Treatise on elephants
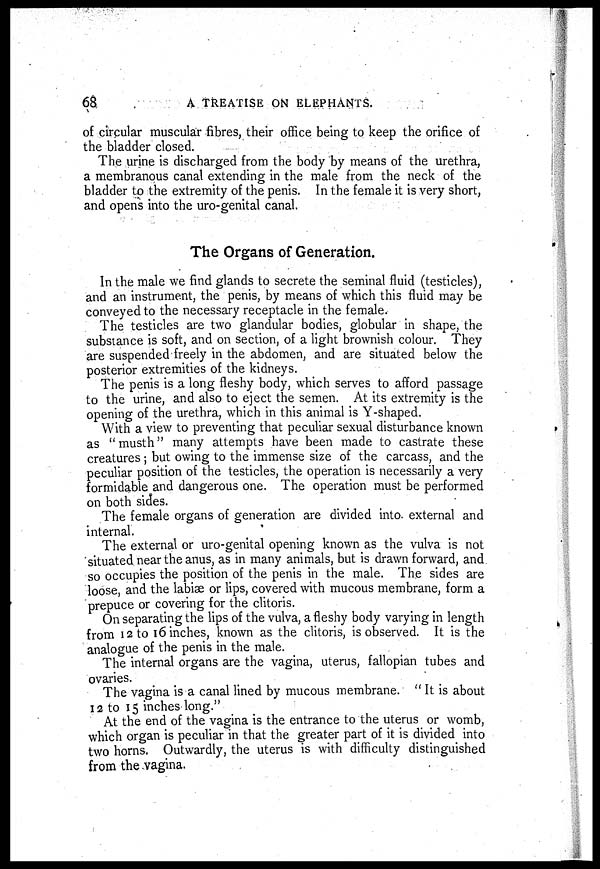
68
A TREATISE ON ELEPHANTS.
of cirpular muscular fibres, their office being to keep the orifice of
the bladder closed.
The urine is discharged from the body by means of the urethra,
a membranous canal extending in the male from the neck of the
bladder to the extremity of the penis. In the female it is very short,
and opens into the uro-genital canal.
The Organs of Generation.
In the male we find glands to secrete the seminal fluid (testicles),
and an instrument, the penis, by means of which this fluid may be
conveyed to the necessary receptacle in the female.
The testicles are two glandular bodies, globular in shape, the
substance is soft, and on section, of a light brownish colour. They
are suspended freely in the abdomen, and are situated below the
posterior extremities of the kidneys.
The penis is a long fleshy body, which serves to afford passage
to the urine, and also to eject the semen. At its extremity is the
opening of the urethra, which in this animal is Y-shaped.
With a view to preventing that peculiar sexual disturbance known
as "musth" many attempts have been made to castrate these
creatures; but owing to the immense size of the carcass, and the
peculiar position of the testicles, the operation is necessarily a very
formidable and dangerous one. The operation must be performed
on both sides.
The female organs of generation are divided into external and
internal.
The external or uro-genital opening known as the vulva is not
situated near the anus, as in many animals, but is drawn forward, and.
so occupies the position of the penis in the male. The sides are
loose, and the labiæ or lips, covered with mucous membrane, form a
prepuce or covering for the clitoris.
On separating the lips of the vulva, a fleshy body varying in length
from 12 to 16 inches, known as the clitoris, is observed. It is the
analogue of the penis in the male.
The internal organs are the vagina, uterus, fallopian tubes and
ovaries.
The vagina is a canal lined by mucous membrane. " It is about
12 to 15 inches long."
At the end of the vagina is the entrance to the uterus or womb,
which organ is peculiar in that the greater part of it is divided into
two horns. Outwardly, the uterus is with difficulty distinguished
from the vagina.